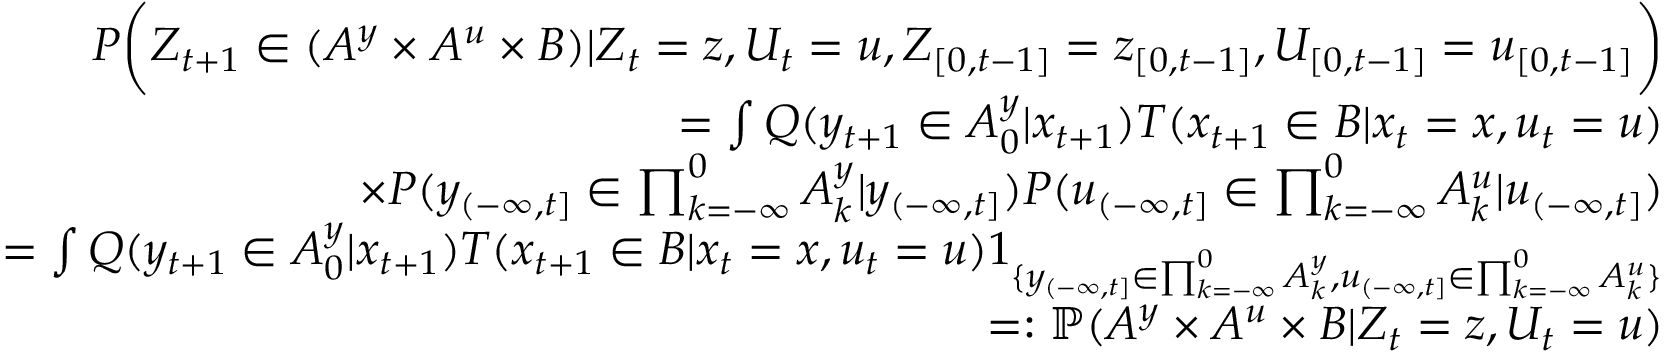
\begin{array} { r l r } & { } & { P \bigg ( Z _ { t + 1 } \in ( A ^ { y } \times A ^ { u } \times B ) | Z _ { t } = z , U _ { t } = u , Z _ { [ 0 , t - 1 ] } = z _ { [ 0 , t - 1 ] } , U _ { [ 0 , t - 1 ] } = u _ { [ 0 , t - 1 ] } \bigg ) } \\ & { } & { = \int Q ( y _ { t + 1 } \in A _ { 0 } ^ { y } | x _ { t + 1 } ) T ( x _ { t + 1 } \in B | x _ { t } = x , u _ { t } = u ) } \\ & { } & { \quad \quad \quad \quad \quad \quad \times P ( y _ { ( - \infty , t ] } \in \prod _ { k = - \infty } ^ { 0 } A _ { k } ^ { y } | y _ { ( - \infty , t ] } ) P ( u _ { ( - \infty , t ] } \in \prod _ { k = - \infty } ^ { 0 } A _ { k } ^ { u } | u _ { ( - \infty , t ] } ) } \\ & { } & { = \int Q ( y _ { t + 1 } \in A _ { 0 } ^ { y } | x _ { t + 1 } ) T ( x _ { t + 1 } \in B | x _ { t } = x , u _ { t } = u ) 1 _ { \{ y _ { ( - \infty , t ] } \in \prod _ { k = - \infty } ^ { 0 } A _ { k } ^ { y } , u _ { ( - \infty , t ] } \in \prod _ { k = - \infty } ^ { 0 } A _ { k } ^ { u } \} } } \\ & { } & { = : \mathbb { P } ( A ^ { y } \times A ^ { u } \times B | Z _ { t } = z , U _ { t } = u ) } \end{array}